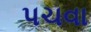
પચવા